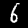
Label: 6